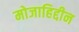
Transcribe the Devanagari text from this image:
मोजाहिद्दीन